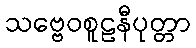
သဗ္ဗေဝစူဠနီပုတ္တာ